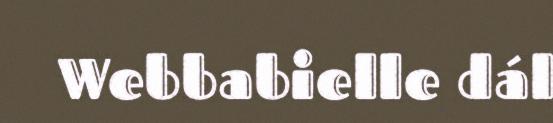
Webbabielle dál